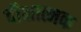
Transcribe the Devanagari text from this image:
दीक्षात्मक